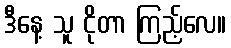
ဒီနေ့ သူ ငိုတာ ကြည့်လေ။